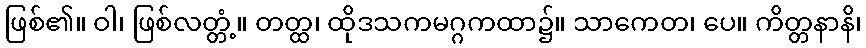
ဖြစ်၏။ ဝါ၊ ဖြစ်လတ္တံ့။ တတ္ထ၊ ထိုဒသကမဂ္ဂကထာ၌။ သာကေတ၊ ပေ။ ကိတ္တနာနိ၊